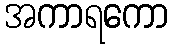
အကာရကော